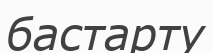
бастарту